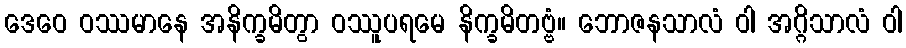
ဒေဝေ ဝဿမာနေ အနိက္ခမိတွာ ဝဿူပရမေ နိက္ခမိတဗ္ဗံ။ ဘောဇနသာလံ ဝါ အဂ္ဂိသာလံ ဝါ